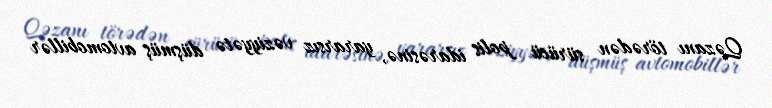
Qəzanı törədən sürücü polis idarəsinə, yararsız vəziyyətə düşmüş avtomobillər